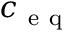
c _ { \mathrm { ~ e ~ q ~ } }